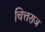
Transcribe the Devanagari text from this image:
चित्तराज